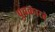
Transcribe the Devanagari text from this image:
पुचकारते